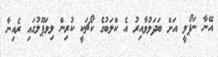
އޭނާ ނަޕޯލީ އަށް ބަދަލުވާއިރު އެ ކްލަބުގެ ކޯޗަކީ ކުރިން ލިވަޕޫލުގައި ރެއިނާ